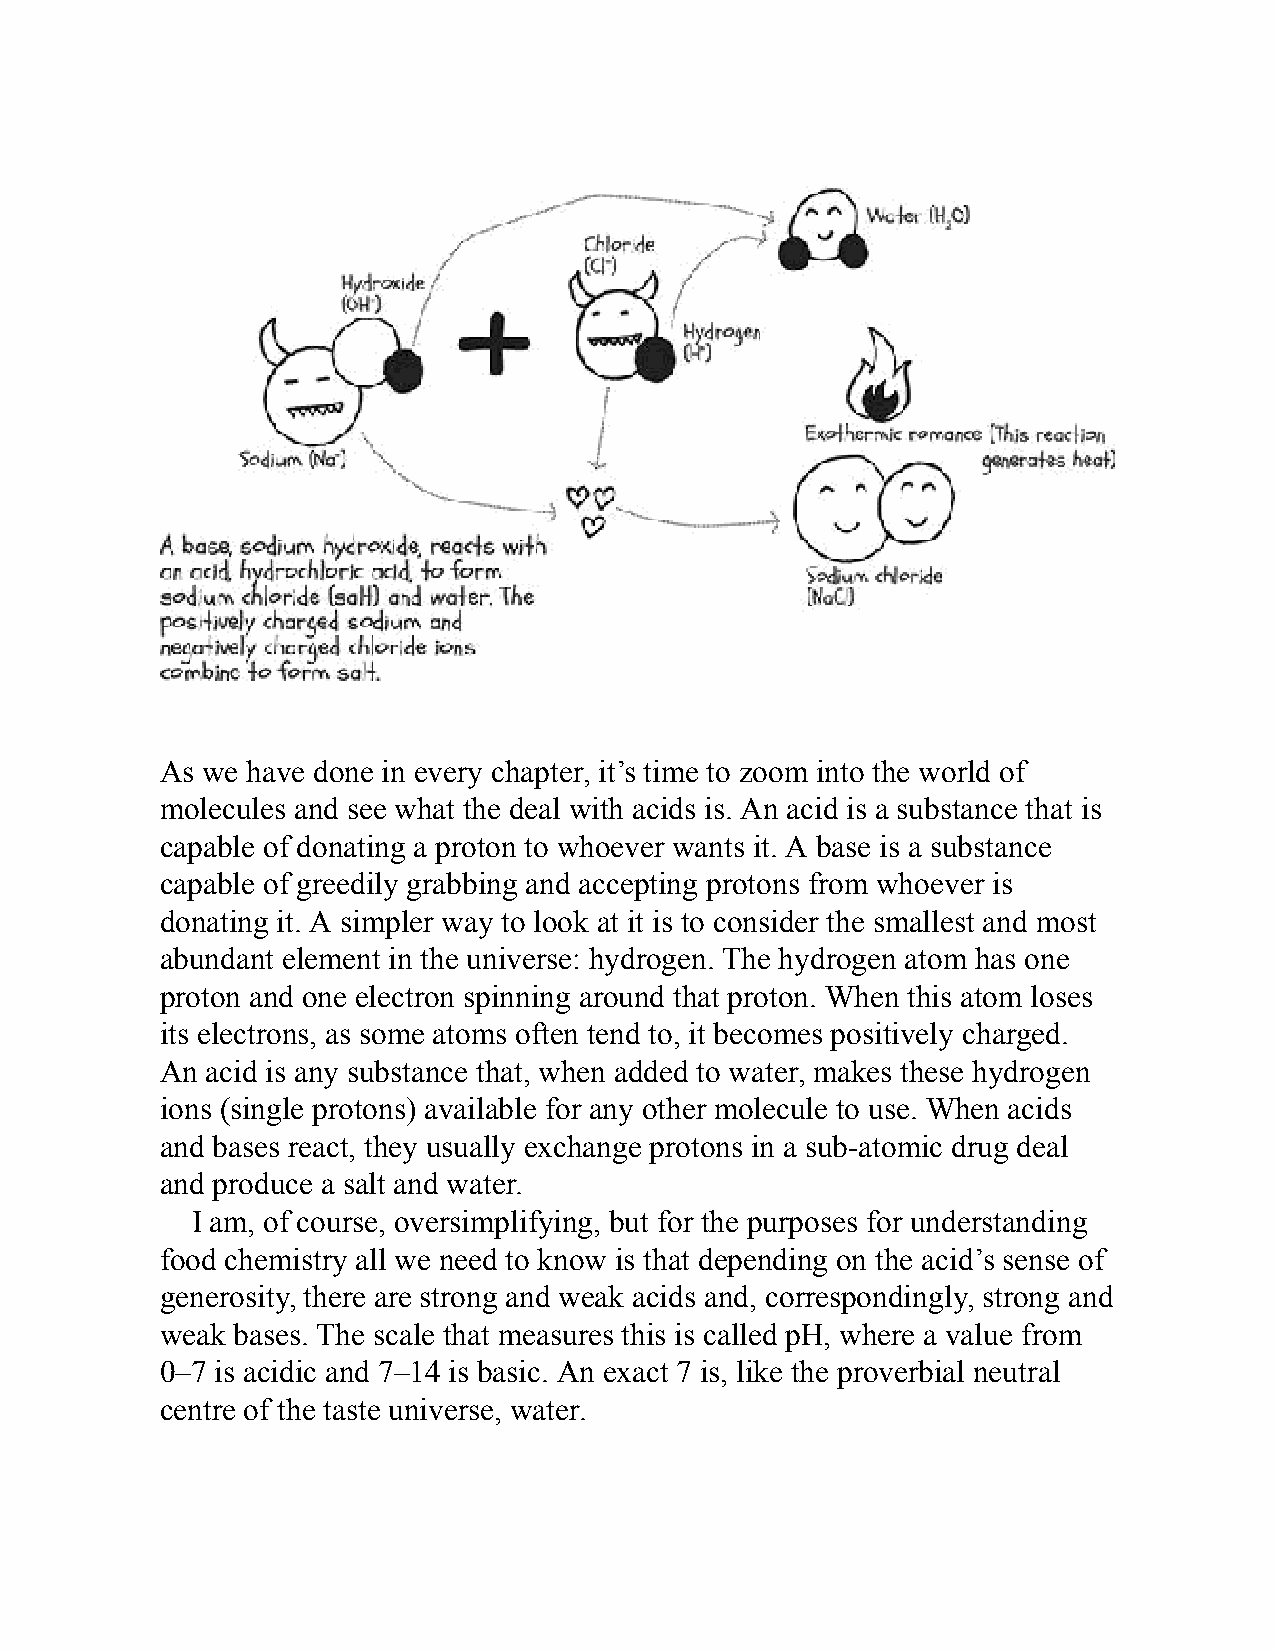
As we have done in every chapter, it’s time to zoom into the world of
 molecules and see what the deal with acids is. An acid is a substance that is
 capable of donating a proton to whoever wants it. A base is a substance
 capable of greedily grabbing and accepting protons from whoever is
 donating it. A simpler way to look at it is to consider the smallest and most
 abundant element in the universe: hydrogen. The hydrogen atom has one
 proton and one electron spinning around that proton. When this atom loses
 its electrons, as some atoms often tend to, it becomes positively charged.
 An acid is any substance that, when added to water, makes these hydrogen
 ions (single protons) available for any other molecule to use. When acids
 and bases react, they usually exchange protons in a sub-atomic drug deal
 and produce a salt and water.
 I am, of course, oversimplifying, but for the purposes for understanding
 food chemistry all we need to know is that depending on the acid’s sense of
 generosity, there are strong and weak acids and, correspondingly, strong and
 weak bases. The scale that measures this is called pH, where a value from
 0–7 is acidic and 7–14 is basic. An exact 7 is, like the proverbial neutral
 centre of the taste universe, water.